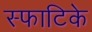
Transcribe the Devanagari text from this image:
स्फाटिके